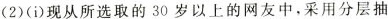
(2)(i)现从所选取的30岁以上的网友中，采用分层抽